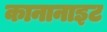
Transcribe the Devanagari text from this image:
कानानाइट